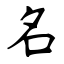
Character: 名